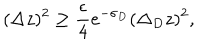
( \Delta z ) ^ { 2 } \ge { \frac { \epsilon } { 4 } } e ^ { - \sigma _ { D } } ( \Delta _ { D } z ) ^ { 2 } ,